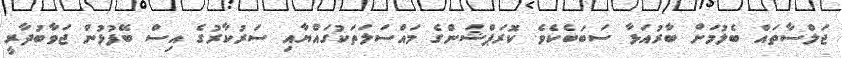
ޖަލްސާތައް ބެލުމަށް ބާރުއަޅާ ސަބަބެކެވެ. ކޮރަޕްޝަންގެ މައްސަލަތަކުގައްޔާއި ސަރުކާރުގެ އިސް ބޭފުޅުން ޖަވާބުދާރީ